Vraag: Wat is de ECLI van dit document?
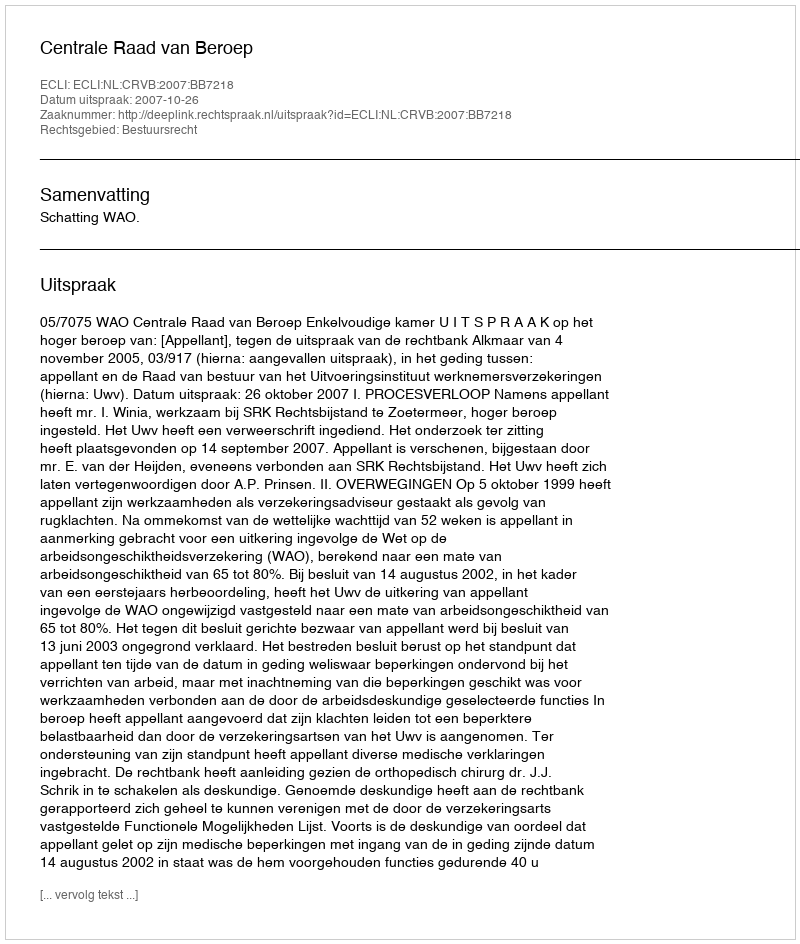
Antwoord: ECLI:NL:CRVB:2007:BB7218